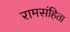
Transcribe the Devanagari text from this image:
रामसंहिता